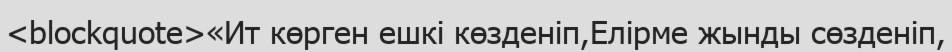
<blockquote>«Ит көрген ешкі көзденіп,Елірме жынды сөзденіп,